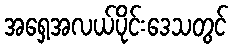
အရှေ့အလယ်ပိုင်းဒေသတွင်